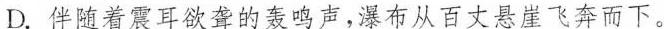
D.伴随着震耳欲聋的轰鸣声，瀑布从百丈悬崖飞奔而下。